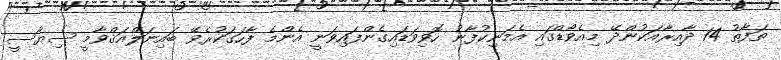
ތަފާތު 14 ދާއިރާއަކުންދޭ މިއެވޯޑްގައި އެމަނިކުފާނު ހޮވިވަޑައިގެންފައިވަނީ އެންމެ ފާހަގަކުރެވޭ ބައިނަލްއަޤްވާމީ ސިޔާސީ